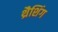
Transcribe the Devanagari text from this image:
थ्रैशिंग